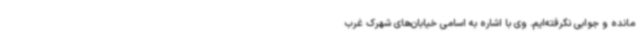
مانده و جوابی نگرفته‌ایم. وی با اشاره به اسامی خیابان‌های شهرک غرب